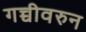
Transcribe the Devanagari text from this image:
गच्चीवरुन